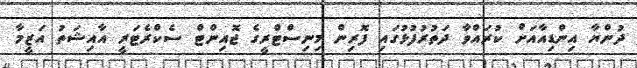
ދުންޔާ އިންޑިއާއަށް ކުރައްވާ ދަތުރުފުޅުގައި ފޮރިން މިނިސްޓްރީގެ ޖޮއިންޓް ސެކްރެޓަރީ އާއިޝަތު އަޒީމާ